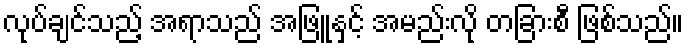
လုပ်ချင်သည့် အရာသည် အဖြူနှင့် အမည်းလို တခြားစီ ဖြစ်သည်။